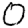
Digit: 0